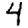
Digit: 4